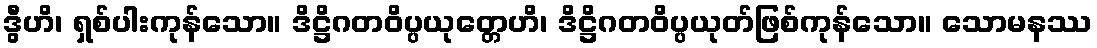
ဒွီဟိ၊ ရှစ်ပါးကုန်သော။ ဒိဋ္ဌိဂတဝိပ္ပယုတ္တေဟိ၊ ဒိဋ္ဌိဂတဝိပ္ပယုတ်ဖြစ်ကုန်သော။ သောမနဿ